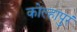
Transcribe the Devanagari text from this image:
कोल्हापुरं